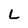
Character: L